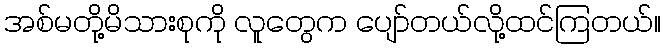
အစ်မတို့မိသားစုကို လူတွေက ပျော်တယ်လို့ထင်ကြတယ်။